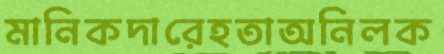
মানিকদারেহতাঅনিলক